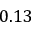
0 . 1 3